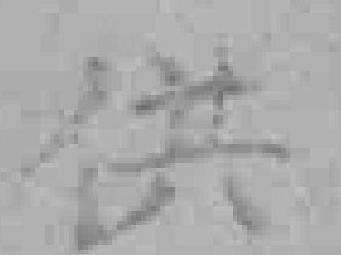
供